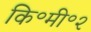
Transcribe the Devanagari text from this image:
कि॰मी॰२